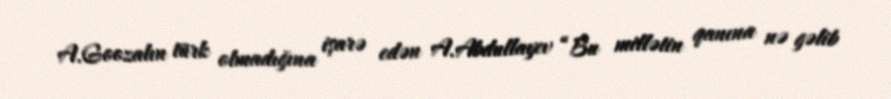
A.Goozalın türk olmadığına işarə edən A.Abdullayev “Bu millətin qanına nə gəlib